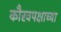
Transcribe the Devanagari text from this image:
कौरवपक्षाच्या